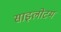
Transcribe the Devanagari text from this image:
साइलोटम